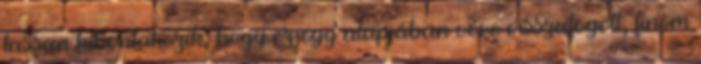
lassan kibontakozik, hogy ez egy alapjában véve visszafogott, finom